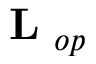
\mathrm { ~ \bf ~ L ~ } _ { o p }